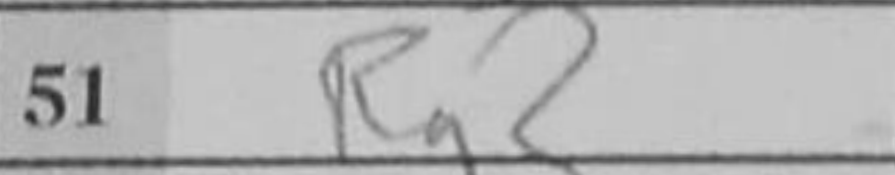
Transcription: Rg2